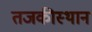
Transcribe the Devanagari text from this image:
तजकीस्थान